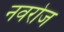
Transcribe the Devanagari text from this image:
नवरोज